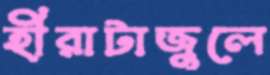
হীরাটাজুলে